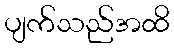
ပျက်သည်အထိ